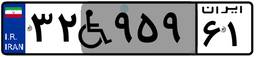
۳۲W۹۵۹۶۱